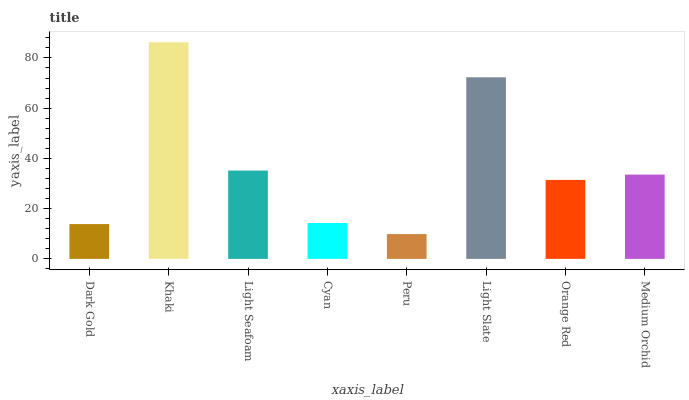
| xaxis_label | bars |
 | --- | --- |
 | Dark Gold | 13.9 |
 | Khaki | 86.2 |
 | Light Seafoam | 35.2 |
 | Cyan | 14.3 |
 | Peru | 9.88 |
 | Light Slate | 72.3 |
 | Orange Red | 31.4 |
 | Medium Orchid | 33.6 |